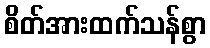
စိတ်အားထက်သန်စွာ